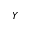
Y